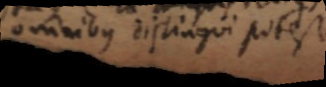
omnibus distingui potest